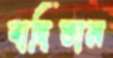
বাছিতাম